Annual administration report of the Civil Veterinary Department of India - 1897-1898
Year: 1897
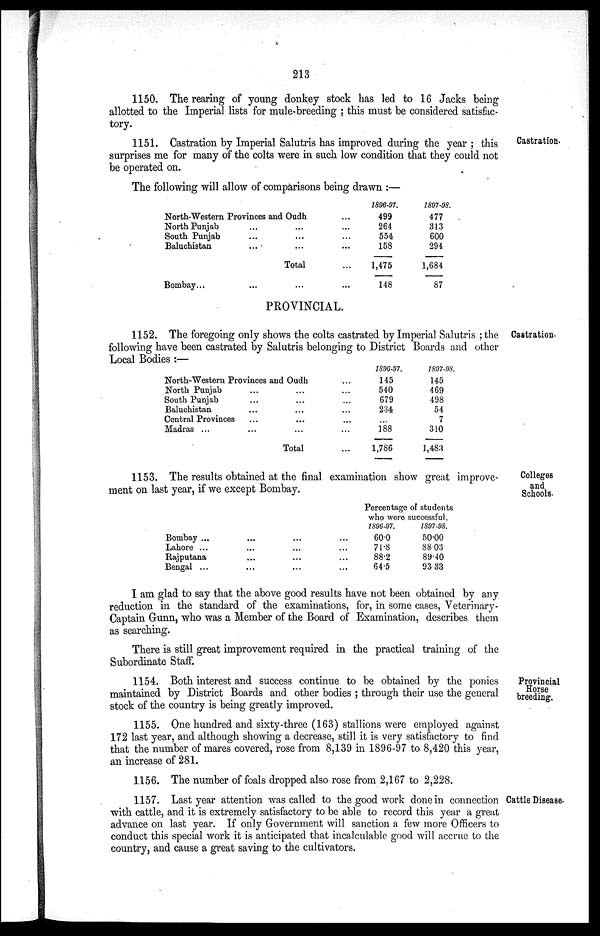
213
1150. The rearing of young donkey stock has led to 16 Jacks being
allotted to the Imperial lists for mule-breeding; this must be considered satisfac-
tory.
Castration.
1151. Castration by Imperial Salutris has improved during the year; this
surprises me for many of the colts were in such low condition that they could not
be operated on.
The following will allow of comparisons being drawn:—
North-Western Provinces and Oudh...
North Punjab
...
...
...
South Punjab
...
...
...
Baluchistan
...
...
...
Total ...
Bombay ...
...
...
...
1896-97.
499
264
554
158
1,475
148
1897-98.
477
313
600
294
1,684
87
PROVINCIAL.
Castration.
1152. The foregoing only shows the colts castrated by Imperial Salutris; the
following have been castrated by Salutris belonging to District Boards and other
Local Bodies:—
North-Western Provinces and Oudh ...
North Punjab... ... ...
South Punjab... ... ...
Baluchistan
...
...
...
Central Provinces
...
...
...
Madras ...
... ... ...
Total
...
1896-97.
145
540
679
234
...
188
1,786
1897-98.
145
469
498
54
7
310
1,483
Colleges
and
Schools.
1153. The results obtained at the final examination show great improve-
ment on last year, if we except Bombay.
Bombay ...
...
...
...
Lahore ...
...
... ...
Rajputana
...
... ...
Bengal ...
...
...
...
Percentage of students
who were successful.
1896-97.
60.0
71.8
88.2
64.5
1897-98.
50.00
88.03
89.40
93.33
I am glad to say that the above good results have not been obtained by any
reduction in the standard of the examinations, for, in some cases, Veterinary-
Captain Gunn, who was a Member of the Board of Examination, describes them
as searching.
There is still great improvement required in the practical training of the
Subordinate Staff.
Provincial
Horse
breeding.
1154. Both interest and success continue to be obtained by the ponies
maintained by District Boards and other bodies; through their use the general
stock of the country is being greatly improved.
1155. One hundred and sixty-three (163) stallions were employed against
172 last year, and although showing a decrease, still it is very satisfactory to find
that the number of mares covered, rose from 8,139 in 1896-97 to 8,420 this year,
an increase of 281.
1156. The number of foals dropped also rose from 2,167 to 2,228.
Cattle Disease.
1157. Last year attention was called to the good work done in connection
with cattle, and it is extremely satisfactory to be able to record this year a great
advance on last year. If only Government will sanction a few more Officers to
conduct this special work it is anticipated that incalculable good will accrue to the
country, and cause a great saving to the cultivators.